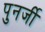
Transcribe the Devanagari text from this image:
पुनर्जी